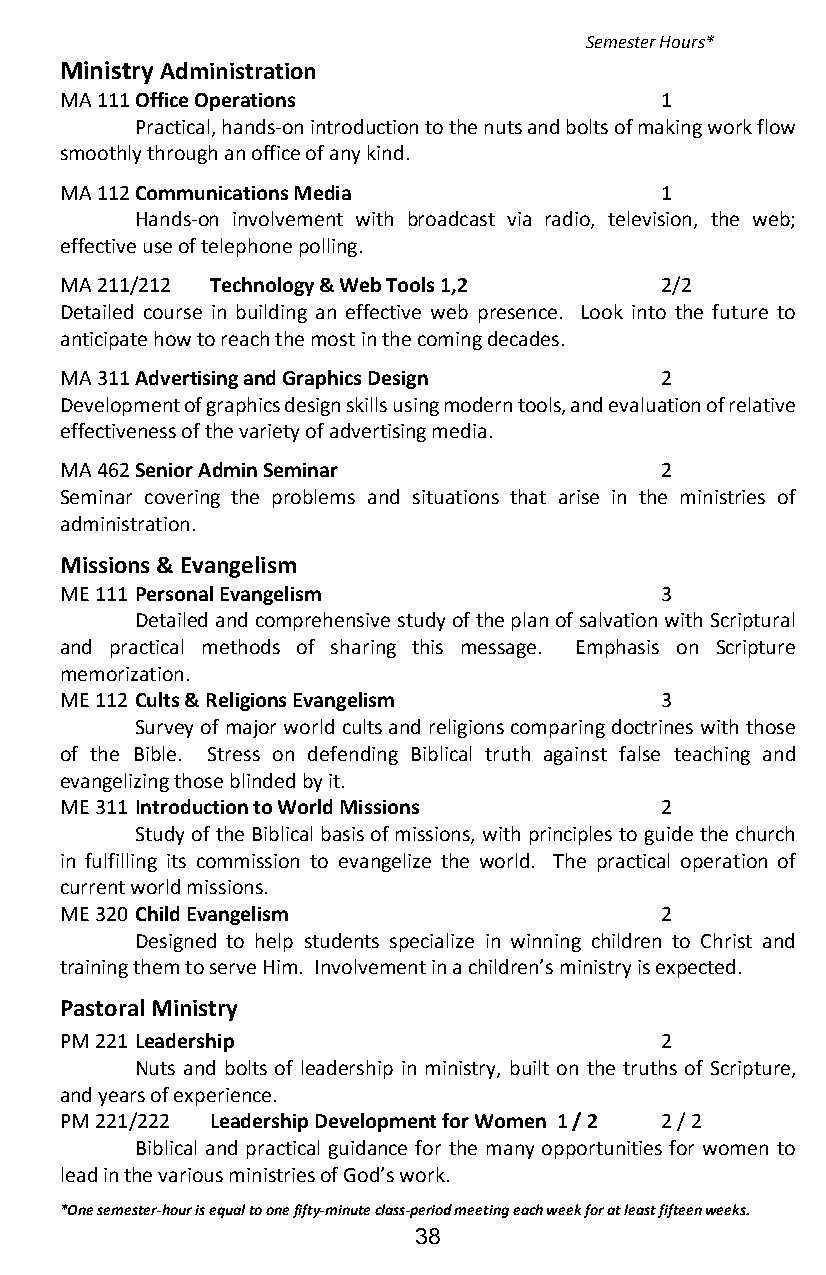
Semester Hours*
 Ministry Administration
 MA 111 Office Operations                1
 Practical, hands-on introduction to the nuts and bolts of making work flow
 smoothly through an office of any kind.
 MA 112 Communications Media             1
 Hands-on involvement with broadcast via radio, television, the web;
 effective use of telephone polling.
 MA 211/212 Technology & Web Tools 1,2   2/2
 Detailed course in building an effective web presence. Look into the future to
 anticipate how to reach the most in the coming decades.
 MA 311 Advertising and Graphics Design  2
 Development of graphics design skills using modern tools, and evaluation of relative
 effectiveness of the variety of advertising media.
 MA 462 Senior Admin Seminar             2
 Seminar covering the problems and situations that arise in the ministries of
 administration.
 Missions & Evangelism
 ME 111 Personal Evangelism              3
 Detailed and comprehensive study of the plan of salvation with Scriptural
 and practical methods of sharing this message. Emphasis on Scripture
 memorization.
 ME 112 Cults & Religions Evangelism     3
 Survey of major world cults and religions comparing doctrines with those
 of the Bible. Stress on defending Biblical truth against false teaching and
 evangelizing those blinded by it.
 ME 311 Introduction to World Missions   2
 Study of the Biblical basis of missions, with principles to guide the church
 in fulfilling its commission to evangelize the world. The practical operation of
 current world missions.
 ME 320 Child Evangelism                 2
 Designed to help students specialize in winning children to Christ and
 training them to serve Him. Involvement in a children’s ministry is expected.
 Pastoral Ministry
 PM 221 Leadership                       2
 Nuts and bolts of leadership in ministry, built on the truths of Scripture,
 and years of experience.
 PM 221/222 Leadership Development for Women 1 / 2 2 / 2
 Biblical and practical guidance for the many opportunities for women to
 lead in the various ministries of God’s work.
 *One semester-hour is equal to one fifty-minute class-period meeting each week for at least fifteen weeks.
 38